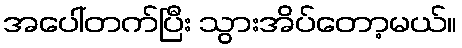
အပေါ်တက်ပြီး သွားအိပ်တော့မယ်။